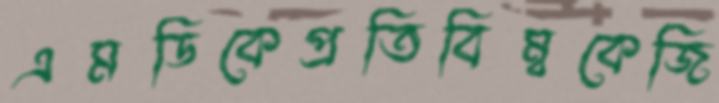
এমডিকেপ্রতিবিম্বকেজি